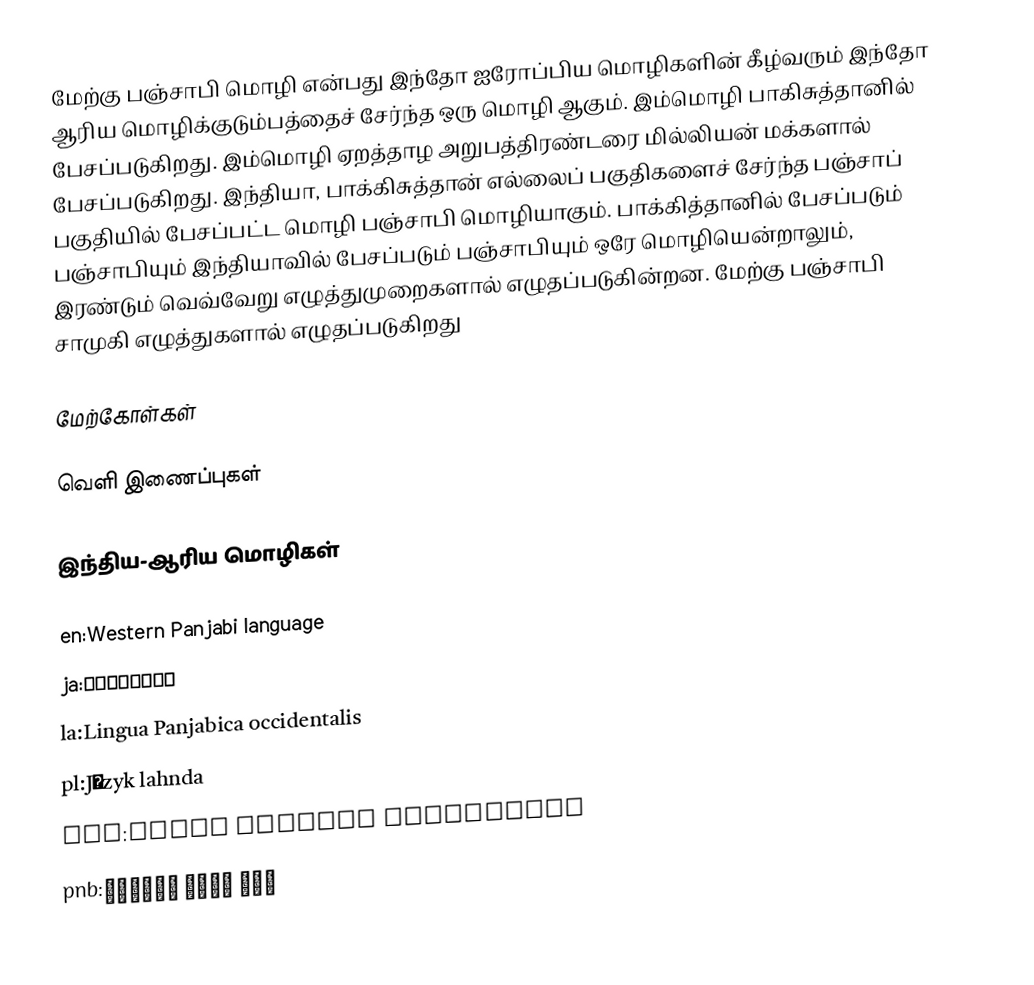
மேற்கு பஞ்சாபி மொழி என்பது இந்தோ ஐரோப்பிய மொழிகளின் கீழ்வரும் இந்தோ ஆரிய மொழிக்குடும்பத்தைச் சேர்ந்த ஒரு மொழி ஆகும். இம்மொழி பாகிசுத்தானில் பேசப்படுகிறது. இம்மொழி ஏறத்தாழ அறுபத்திரண்டரை மில்லியன் மக்களால் பேசப்படுகிறது. இந்தியா, பாக்கிசுத்தான் எல்லைப் பகுதிகளைச் சேர்ந்த பஞ்சாப் பகுதியில் பேசப்பட்ட மொழி பஞ்சாபி மொழியாகும். பாக்கித்தானில் பேசப்படும் பஞ்சாபியும் இந்தியாவில் பேசப்படும் பஞ்சாபியும் ஒரே மொழியென்றாலும், இரண்டும் வெவ்வேறு எழுத்துமுறைகளால் எழுதப்படுகின்றன. மேற்கு பஞ்சாபி சாமுகி எழுத்துகளால் எழுதப்படுகிறது

மேற்கோள்கள்

வெளி இணைப்புகள்

இந்திய-ஆரிய மொழிகள்

en:Western Panjabi language
ja:西パンジャーブ語
la:Lingua Panjabica occidentalis
pl:Język lahnda
pms:Lenga panjabi ossidental
pnb:شاہ مکھی پنجابی